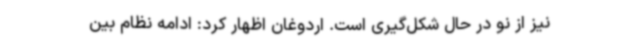
نیز از نو در حال شکل‌گیری است. اردوغان اظهار کرد: ادامه نظام بین‌